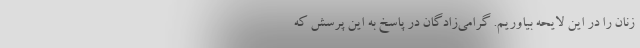
زنان را در این لایحه بیاوریم. گرامی‌زادگان در پاسخ به این پرسش که